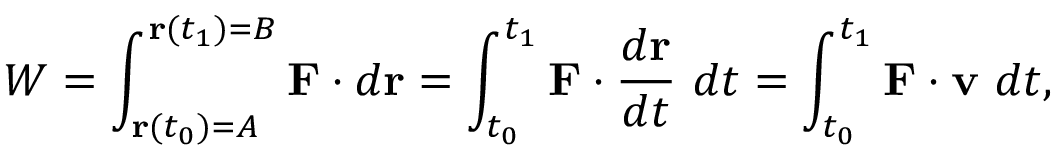
W = \int _ { \mathbf { r } ( t _ { 0 } ) = A } ^ { \mathbf { r } ( t _ { 1 } ) = B } \mathbf { F } \cdot d \mathbf { r } = \int _ { t _ { 0 } } ^ { t _ { 1 } } \mathbf { F } \cdot { \frac { d \mathbf { r } } { d t } } ~ d t = \int _ { t _ { 0 } } ^ { t _ { 1 } } \mathbf { F } \cdot \mathbf { v } ~ d t ,